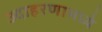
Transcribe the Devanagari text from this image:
उदाहरणामध्ये